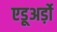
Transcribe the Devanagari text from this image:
एडूअर्ड़ो